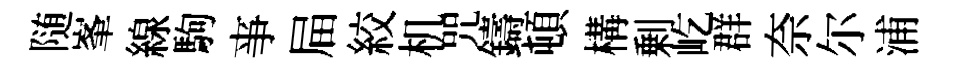
随峯線駒亊屇絞机咒鑄頓構剰屹群奈尔浦